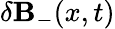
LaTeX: \delta{\mathbf B}_{-}(x,t)